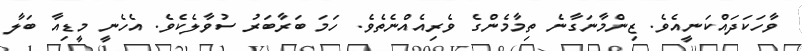
ވާހަކަދައްކަނީއެވެ. ޒިންމާނަގާނެ ތިމާމެންގެ ވެރިއެއްނެތެވެ. ހަމަ ބަރާބަރު ސުވާލެކެވެ. އެހެނީ މީޑިއާ ބަލާ